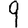
Digit: 9